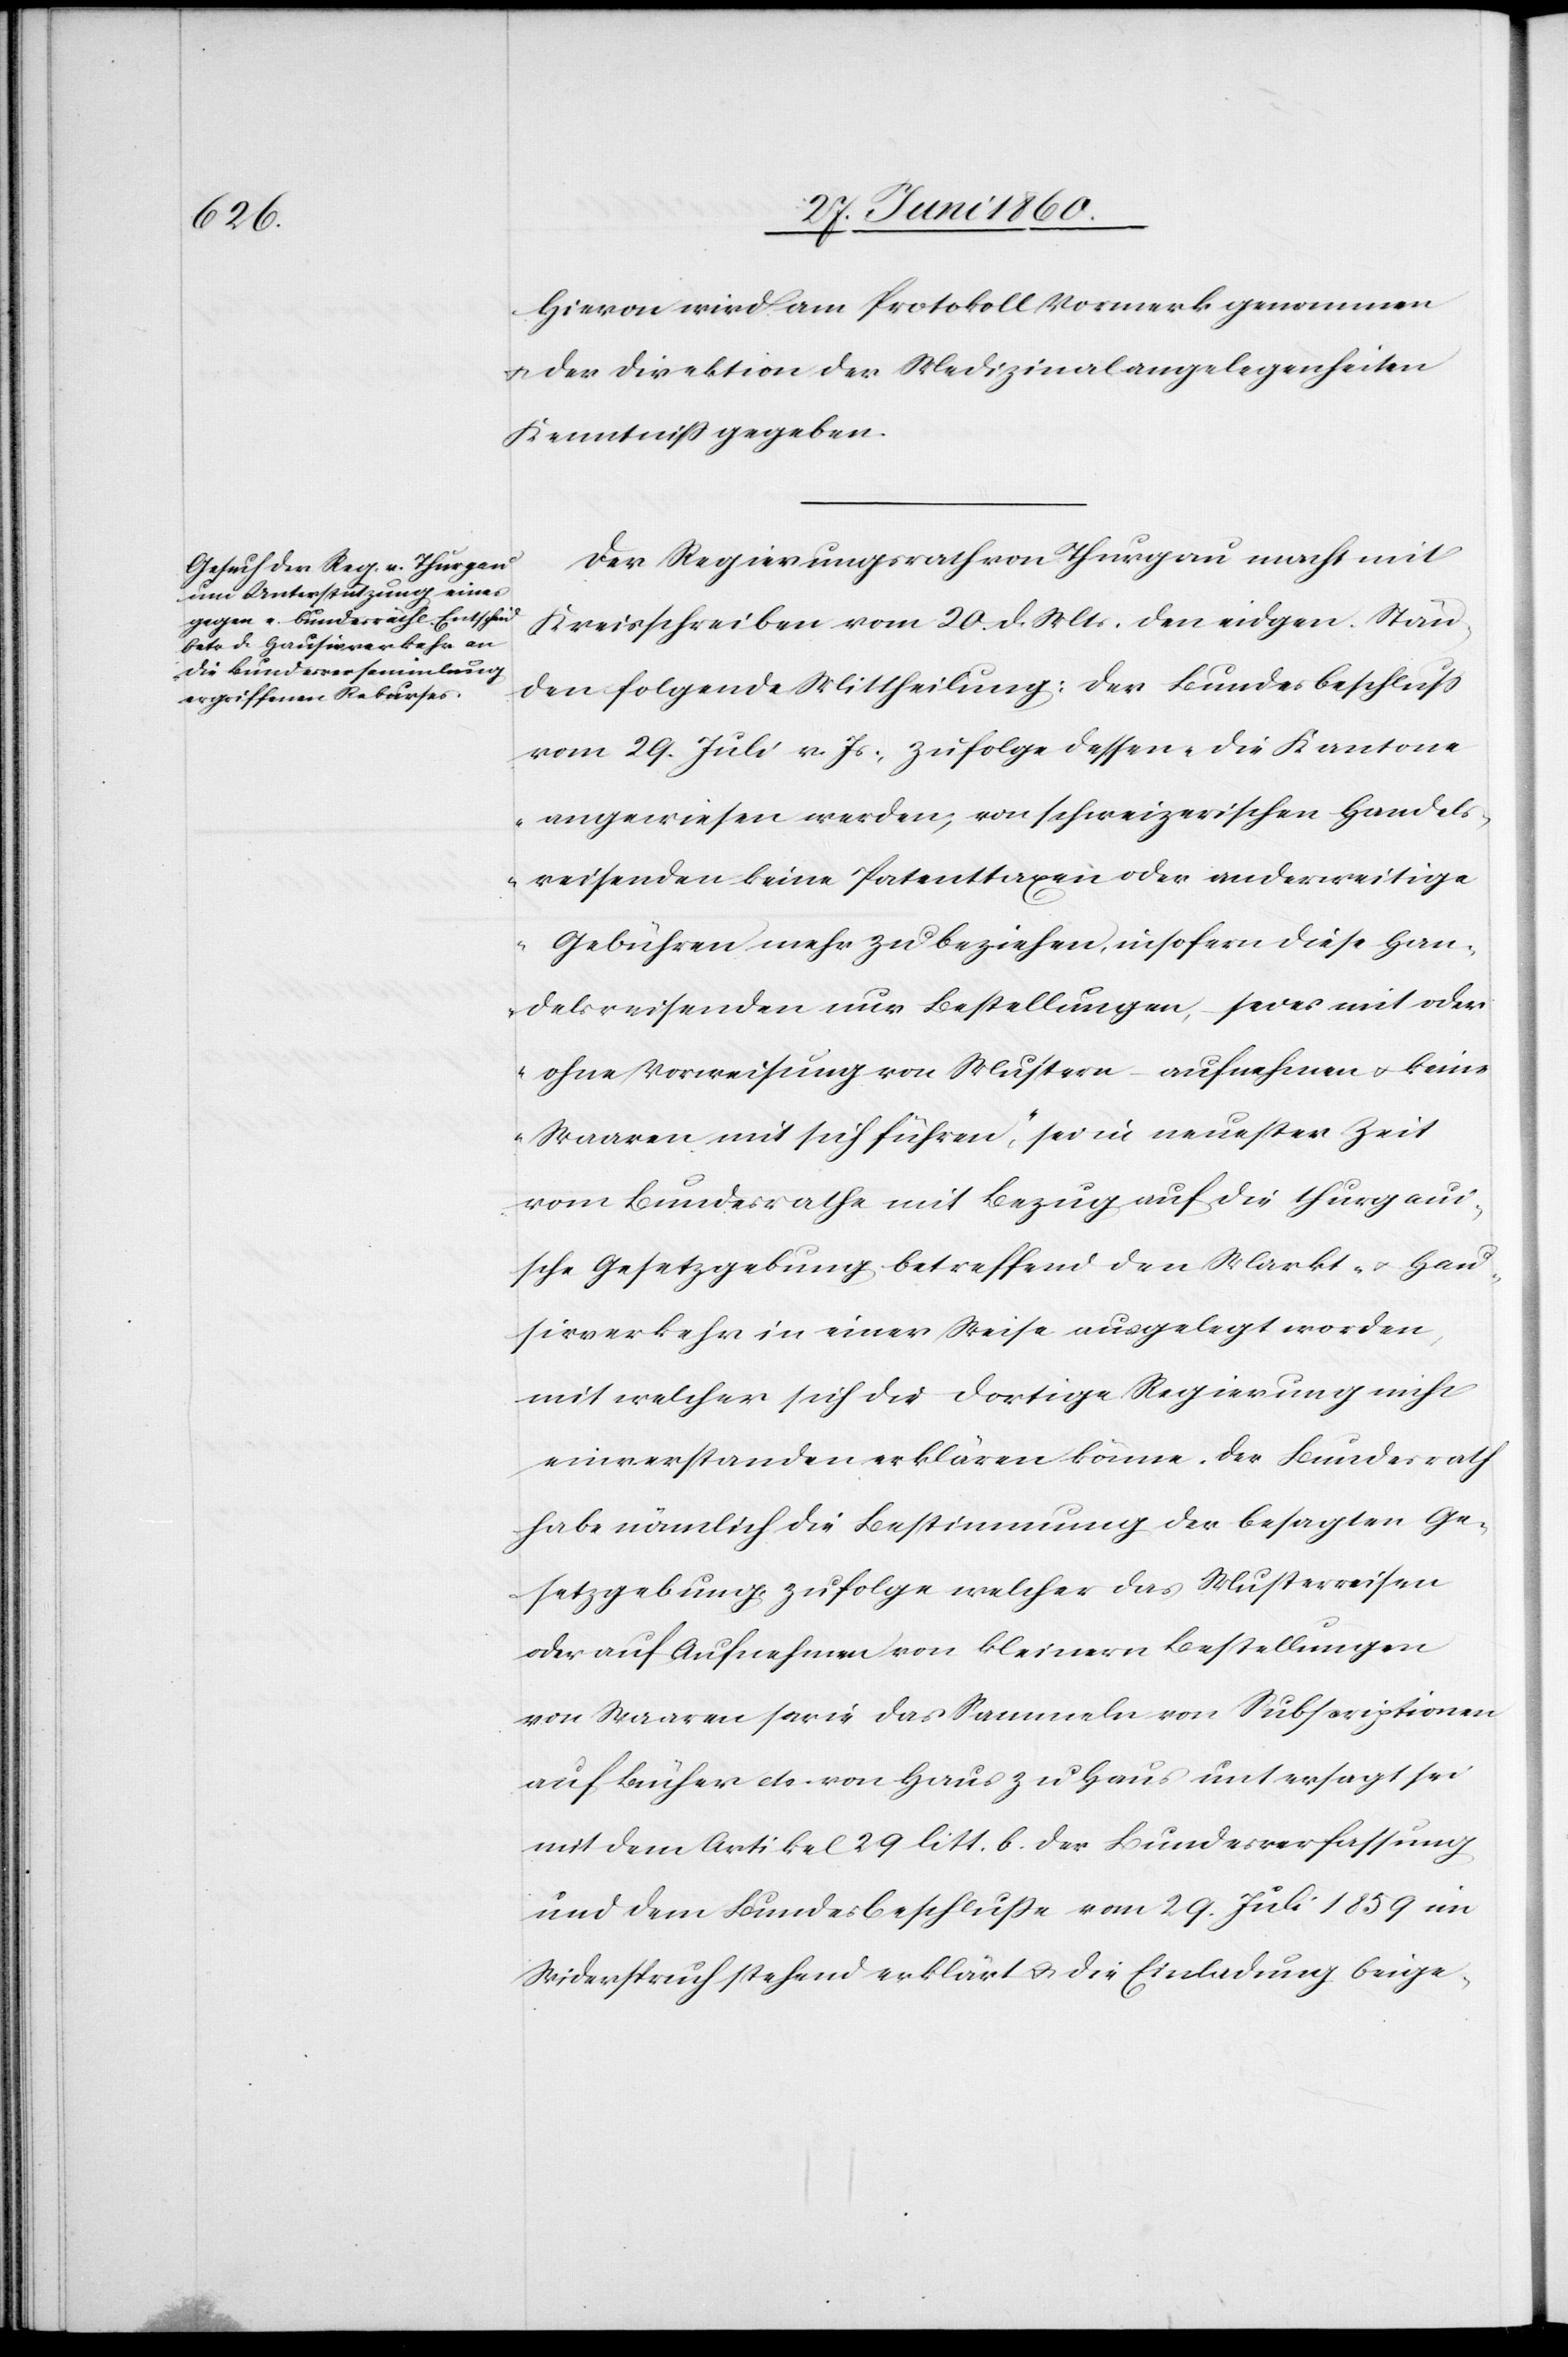
Hievon wird am Protokoll Vormerk genommen
u. der Direktion der Medizinalangelegenheiten
Kenntniss gegeben.
Der Regierungsrath von Thurgau macht mit
Kreisschreiben vom 20. d. Mts. den eidgen. Stän¬
den folgende Mittheilung: Der Bundesbeschluss
vom 29. Juli v. Js, zufolge dessen „die Kantone
angewiesen werden, von schweizerischen Handels¬
reisenden keine Patenttaxen oder anderweitige
Gebühren mehr zu beziehen, insofern diese Han¬
delsreisenden nur Bestellungen, – sei es mit oder
ohne Vorweisung von Mustern – aufnehmen u. keine
Waaren mit sich führen,“ sei in neuester Zeit
vom Bundesrathe mit Bezug auf die thurgaui¬
sche Gesetzgebung betreffend den Markt- u. Han¬
delsverkehr in einer Weise ausgelegt worden,
mit welcher sich die dortige Regierung nicht
einverstanden erklären könne. Der Bezirksrath
habe nämlich die Bestimmung der besagten Ge¬
setzgebung zufolge welcher das Musterreisen
oder auf Aufnehmen von kleinern Bestellungen
von Waaren sowie das Sammeln von Subscriptionen
auf Bücher etc. von Haus zu Haus untersagt sei
mit dem Artikel 29 litt. b. der Bundesverfassung
und dem Bundesbeschlusse vom 29. Juli 1859 im
Widerspruch stehend erklärt u. die Einladung beige-